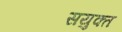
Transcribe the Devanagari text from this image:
सयुक्‍त